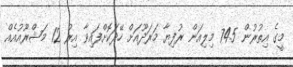
މީގެ އިތުރުން 74.5 މިލިއަން ރުފިޔާ މަރަދޫއަށް ހޭދަކޮށްފައިވާ އިރު 12 މަޝްރޫއުއެއް